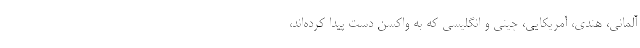
آلمانی، هندی، آمریکایی، چینی و انگلیسی که به واکسن دست پیدا کرده‌اند،